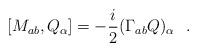
LaTeX: \begin{align*}[M_{ab}, Q_{\alpha}]= -\frac{i}{2} (\Gamma_{ab}Q)_\alpha~~.\end{align*}